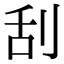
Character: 刮